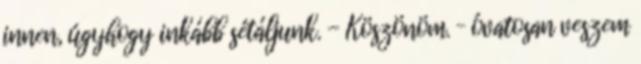
innen, úgyhogy inkább sétáljunk. - Köszönöm. – óvatosan veszem